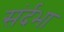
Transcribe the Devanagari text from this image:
संर्दभा